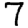
Digit: 7